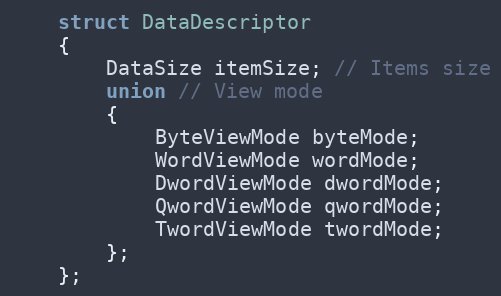
Language: C
    struct DataDescriptor
    {
        DataSize itemSize; // Items size
        union // View mode
        {
            ByteViewMode byteMode;
            WordViewMode wordMode;
            DwordViewMode dwordMode;
            QwordViewMode qwordMode;
            TwordViewMode twordMode;
        };
    };